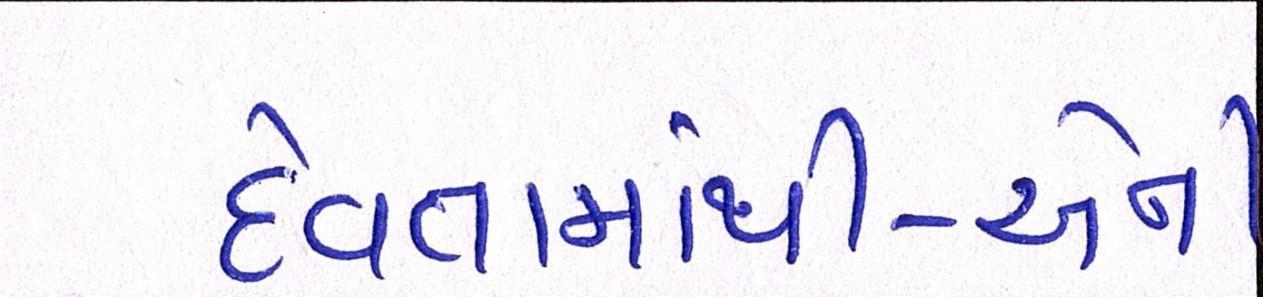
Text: દેવતામાંથી-એની